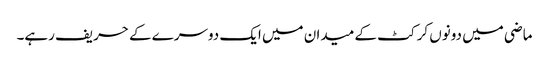
ماضی میں دونوں کرکٹ کے میدان میں ایک دوسرے کے حریف رہے۔